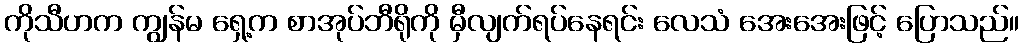
ကိုသီဟက ကျွန်မ ရှေ့က စာအုပ်ဘီရိုကို မှီလျက်ရပ်နေရင်း လေသံ အေးအေးဖြင့် ပြောသည်။